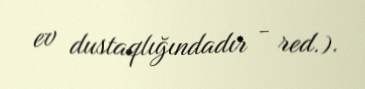
ev dustaqlığındadır - red.).